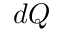
d Q